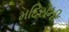
મદિરાની